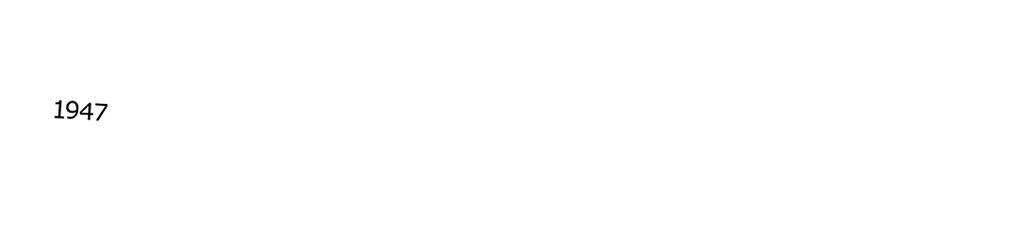

1947